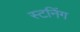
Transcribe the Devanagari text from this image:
स्टनिंग